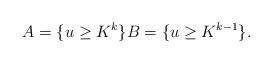
LaTeX: \begin{align*}A=\{u\geq K^k\} B=\{u\geq K^{k-1}\}.\end{align*}